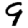
Digit: 9